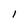
Character: 1